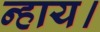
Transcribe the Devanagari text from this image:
न्हाय।